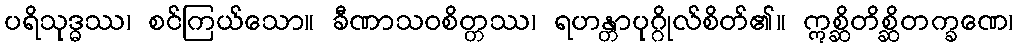
ပရိသုဒ္ဓဿ၊ စင်ကြယ်သော။ ခီဏာသဝစိတ္တဿ၊ ရဟန္တာပုဂ္ဂိုလ်စိတ်၏။ ဣစ္ဆိတိစ္ဆိတက္ခဏေ၊